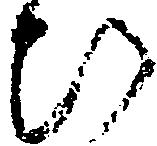
ひ